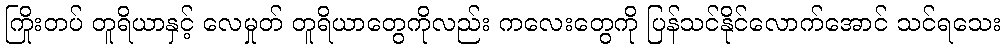
ကြိုးတပ် တူရိယာနှင့် လေမှုတ် တူရိယာတွေကိုလည်း ကလေးတွေကို ပြန်သင်နိုင်လောက်အောင် သင်ရသေး